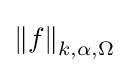
\left\|f\right\|_{k,\alpha ,\Omega }